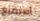
أستطيع